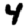
Digit: 4